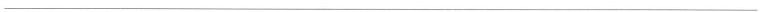
___